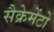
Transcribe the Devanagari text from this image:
सैक्रेमेंटो